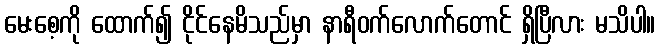
မေးစေ့ကို ထောက်၍ ငိုင်နေမိသည်မှာ နာရီဝက်လောက်တောင် ရှိပြီလား မသိပါ။